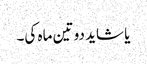
یا شاید دو تین ماہ کی۔